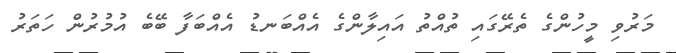
މަރުވި މީހުންގެ ތެރޭގައި ތުއްތު އައިލާންގެ އެއްބަނޑު އެއްބަފާ ބޭބެ އުމުރުން ހަތަރު